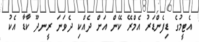
އެޓީމުގެ ޑިފެންޑަރު އެމްރޭ ކޭން އަށް ދެއްކި ދެވަނަ ރީނދޫ ކާޑާ އެކު